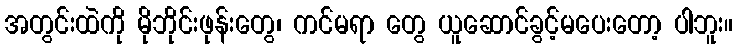
အတွင်းထဲကို မိုဘိုင်းဖုန်းတွေ၊ ကင်မရာ တွေ ယူဆောင်ခွင့်မပေးတော့ ပါဘူး။